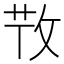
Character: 𢼘